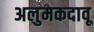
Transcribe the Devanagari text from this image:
अलुमकदावू